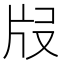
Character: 𤖰